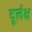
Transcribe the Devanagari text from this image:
दूर्लक्ष